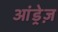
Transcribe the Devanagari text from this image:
आंड्रेज़